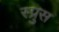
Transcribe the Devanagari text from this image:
स्प्रुस